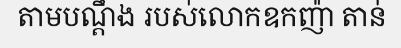
តាមបណ្តឹង របស់លោកឧកញ៉ា តាន់